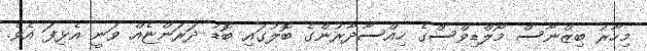
މިހާރު ބިޒްނާސް މޯލްޑިވްސްގެ ހިއްސާދާރުންގެ ބޮލުގައި ބޮޑު ދަރަންޏެއް ވަނީ އެޅިފަ އެވެ.